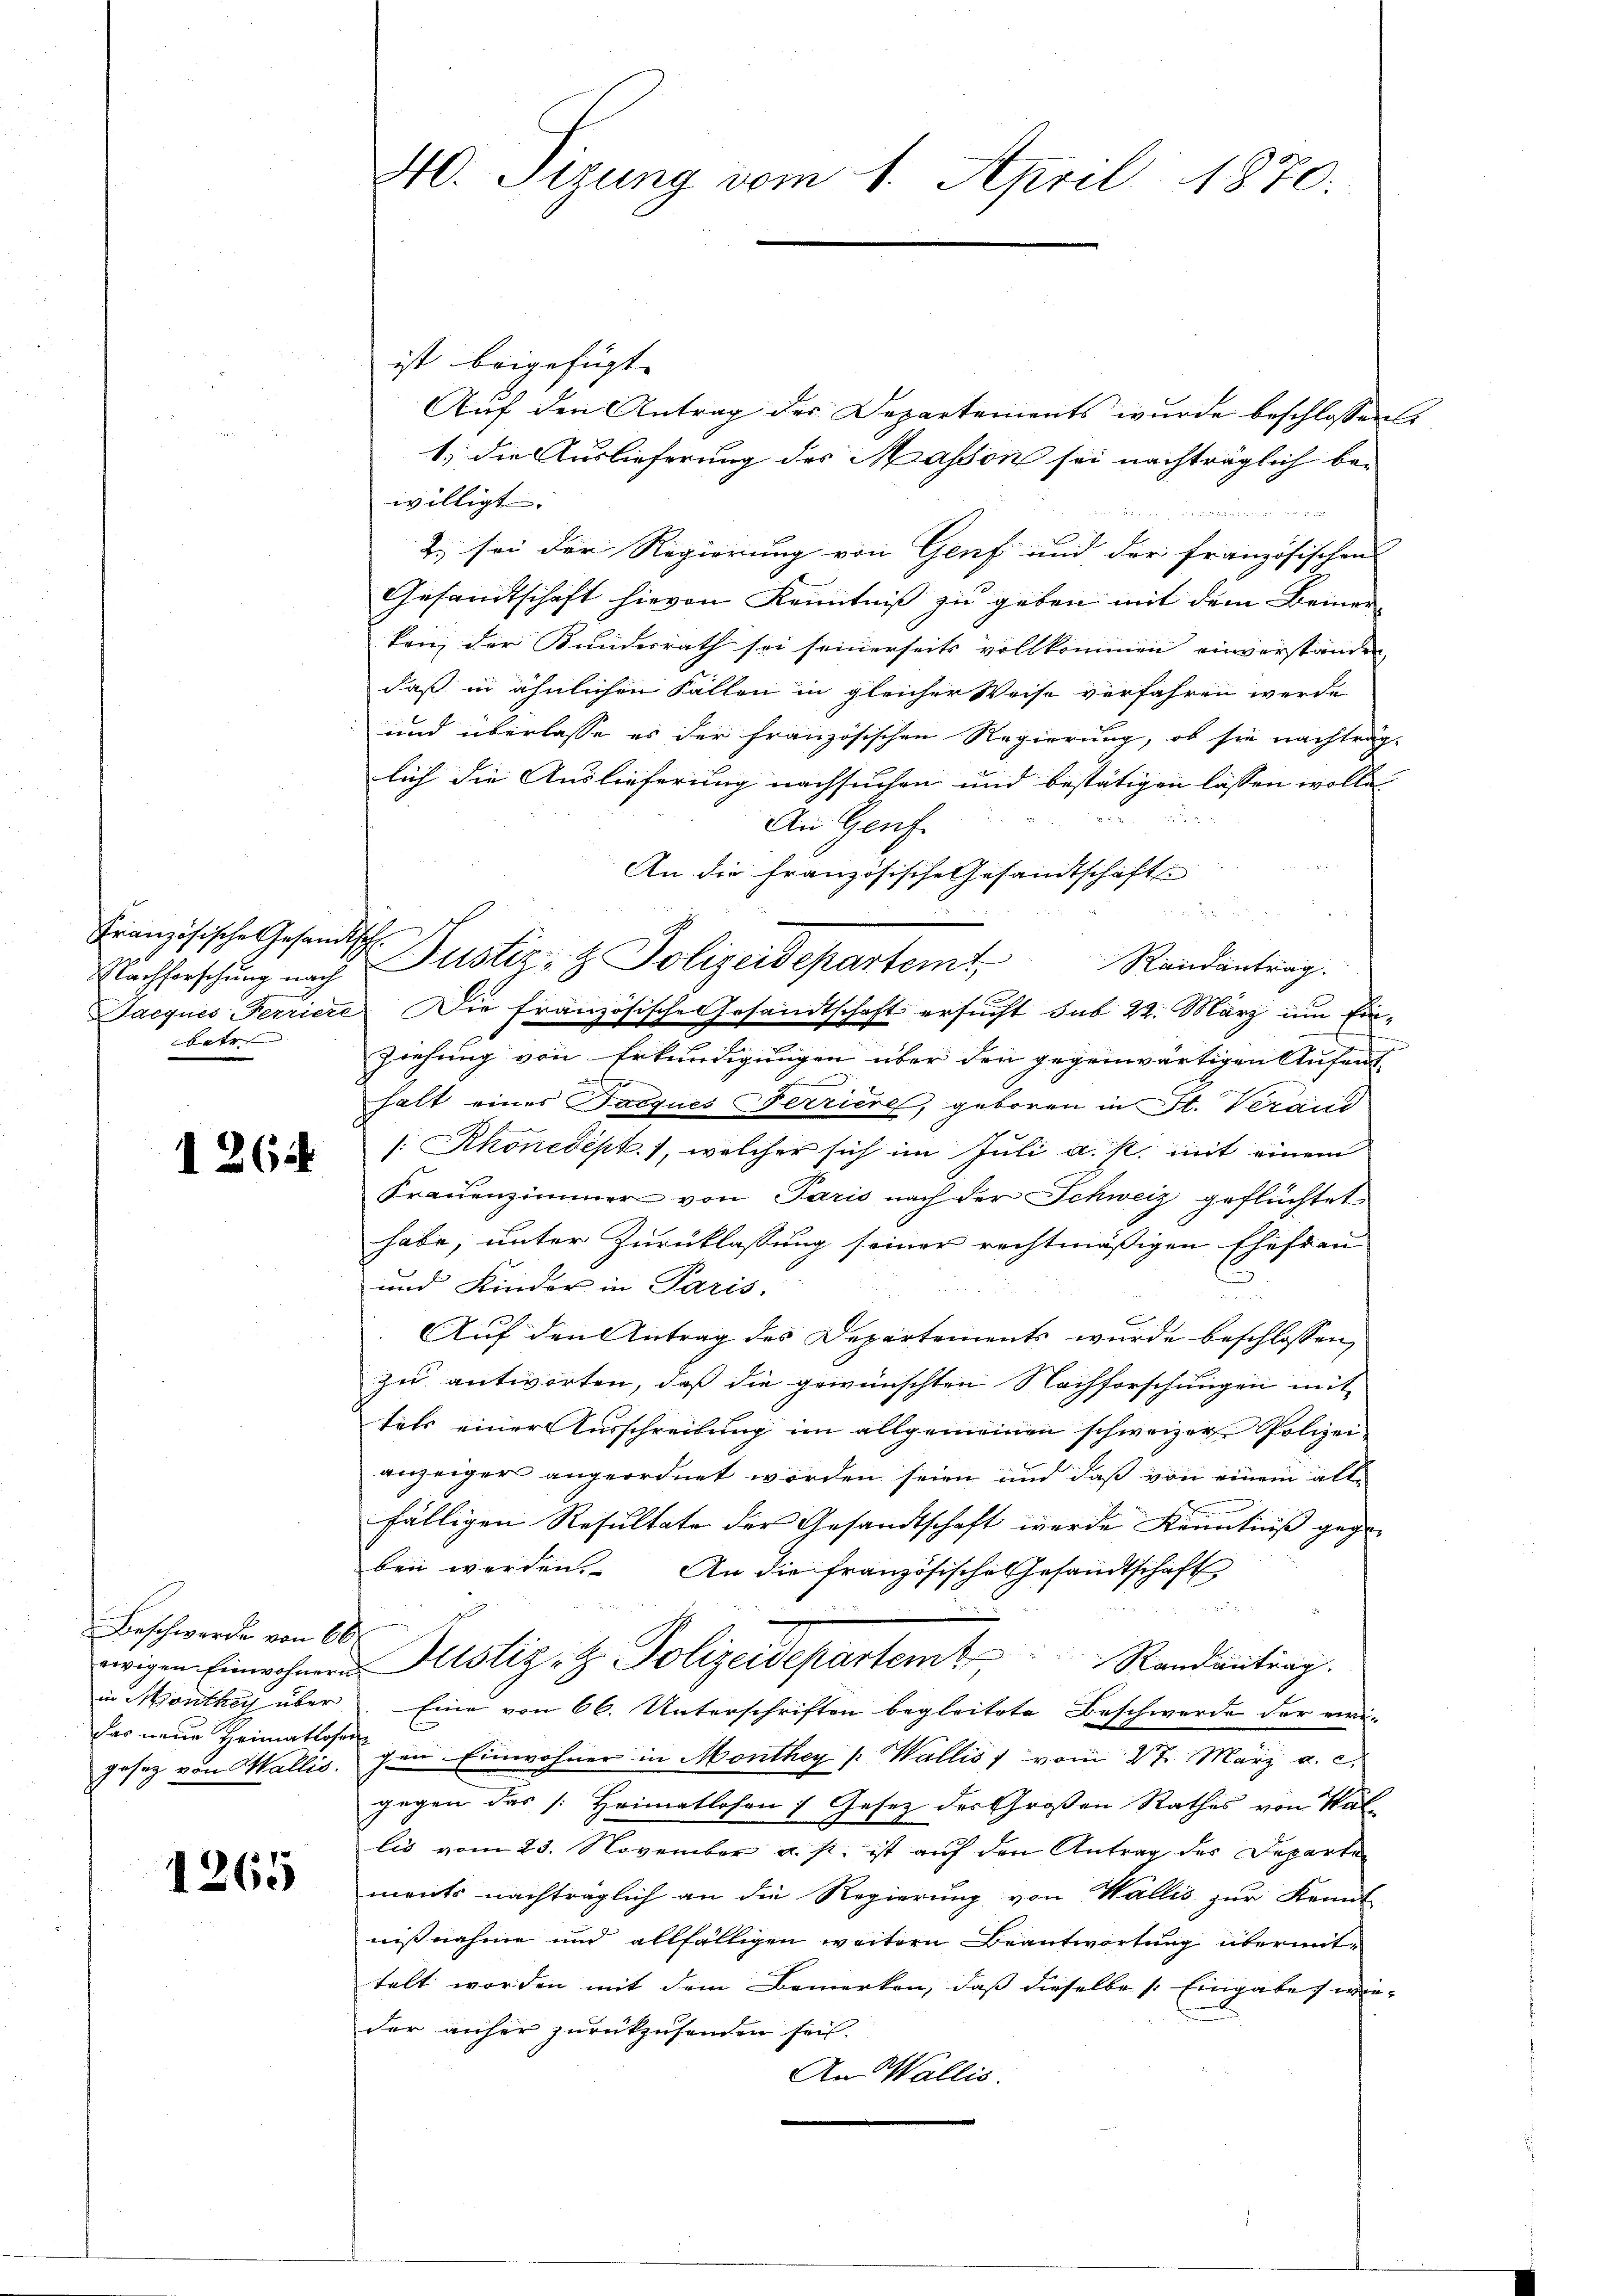
Französische Gesandtsch
Nachforschung nach
betr.

1264

Beschwerde von 66
in Monthey über
das neue Heimatloser
geseg von Wallis.

1265

40. Sizung vom 1. April 1870.

ist beigefügt. |
Auf den Antrag der Departements wurde beschlossen:
1. die Auslieferung des Masson sei nachträglich bewilligt. |
   her war der
2. sei der Regierung von Genf und der französischen |
Gesandtschaft hievon Kenntniß zu geben mit dem Beiner
ken, der Bundesrath sei seinerseits vollkommen einverstanden,
daß in ähnlichen Fällen in gleicher Weise verfahren werde
und überlasse es der französischen Regierung, ob sie nachträg-
lich die Auslieferung nachsuchen und bestätigen lassen wolle. |

An Genf
An die französische Gesandtschafts
 2 x 2
Justiz- & Polizeidepartemt Randeantrag.
Jacques Ferriere. Die französische Gesandtschaft ersucht sub 22. März um Einziehung von Erkundigungen über den gegenwärtigen Aufenthalt eines Facques erriere, geboren in St. Verand
[: Rhonedept. 1, welcher sich im Juli a. s. mit einem
Frauenzimmer von Paris nach der Schweiz geflüchtet
habe, unter Zurücklassung seiner rechtmäßigen Ehefrau
und Kinder in Paris.
Auf den Antrag des Departements wurde beschlossen,
zu antworten, daß die gewünschten Nachforschungen mit
tets einer Ausschreibung im allgemeinen schweizer Polizei-
anzeiger angeordnet worden seien und daß von einem all-
fälligen Resultate der Gesandtschaft wurde Kenntniß gegenben werden. An die französische Gesandtschaft

o
ewigen Einwohnen Justiz- & Polizeidepartem Randantrag.
Eine von 66. Unterschriften begleitete Beschwerde der eini-
gen Einwohner in Monthey [Wallis, vom 27. März a. c.
gegen das [: Heimatlosen Gesetz des Großen Rathes von Wal
lis vom 23. November a. p. ist auf den Antrag der Departen
ments nachträglich an die Regierung von Wallis zur Kennt
nißnahme und allfälligen weitern Beantwortung übermit-
telt worden mit dem Bemerken, daß dieselbe s. Eingabe, wieder anher zurückzusenden sei.
An Wallis.